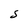
Character: S